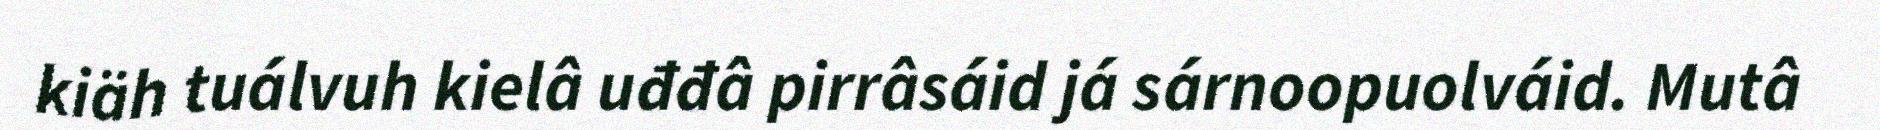
kiäh tuálvuh kielâ uđđâ pirrâsáid já sárnoopuolváid. Mutâ